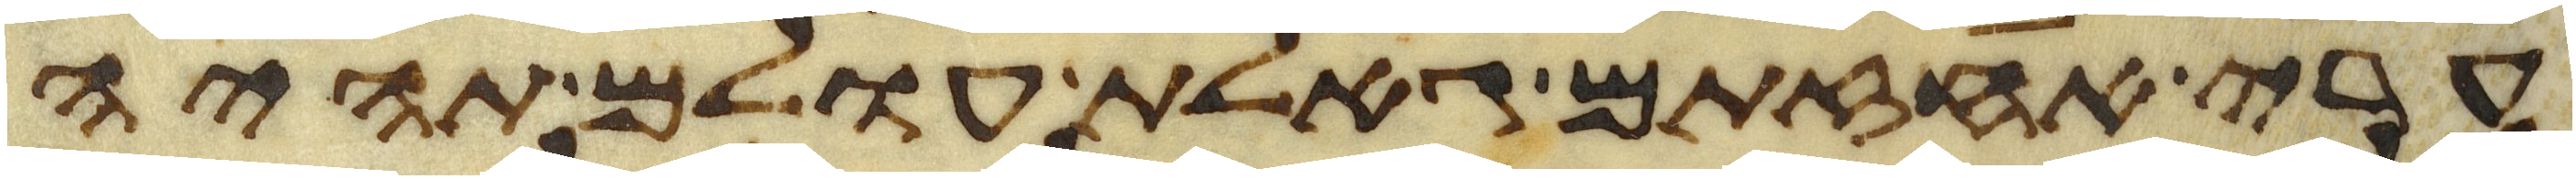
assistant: ערי אחזתם גאלת עולם תהיה